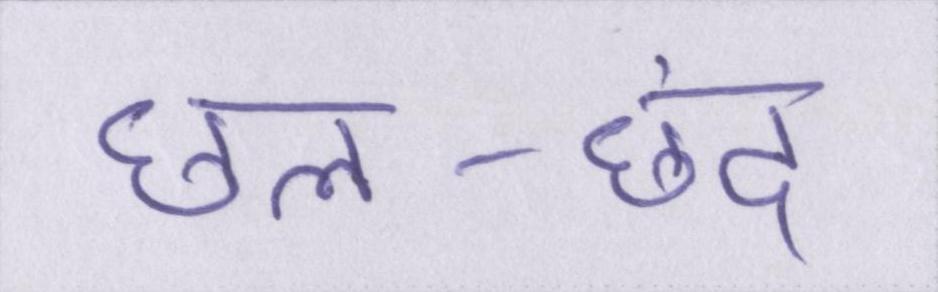
छल-छंद